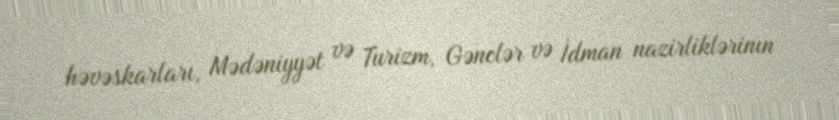
həvəskarları, Mədəniyyət və Turizm, Gənclər və İdman nazirliklərinın